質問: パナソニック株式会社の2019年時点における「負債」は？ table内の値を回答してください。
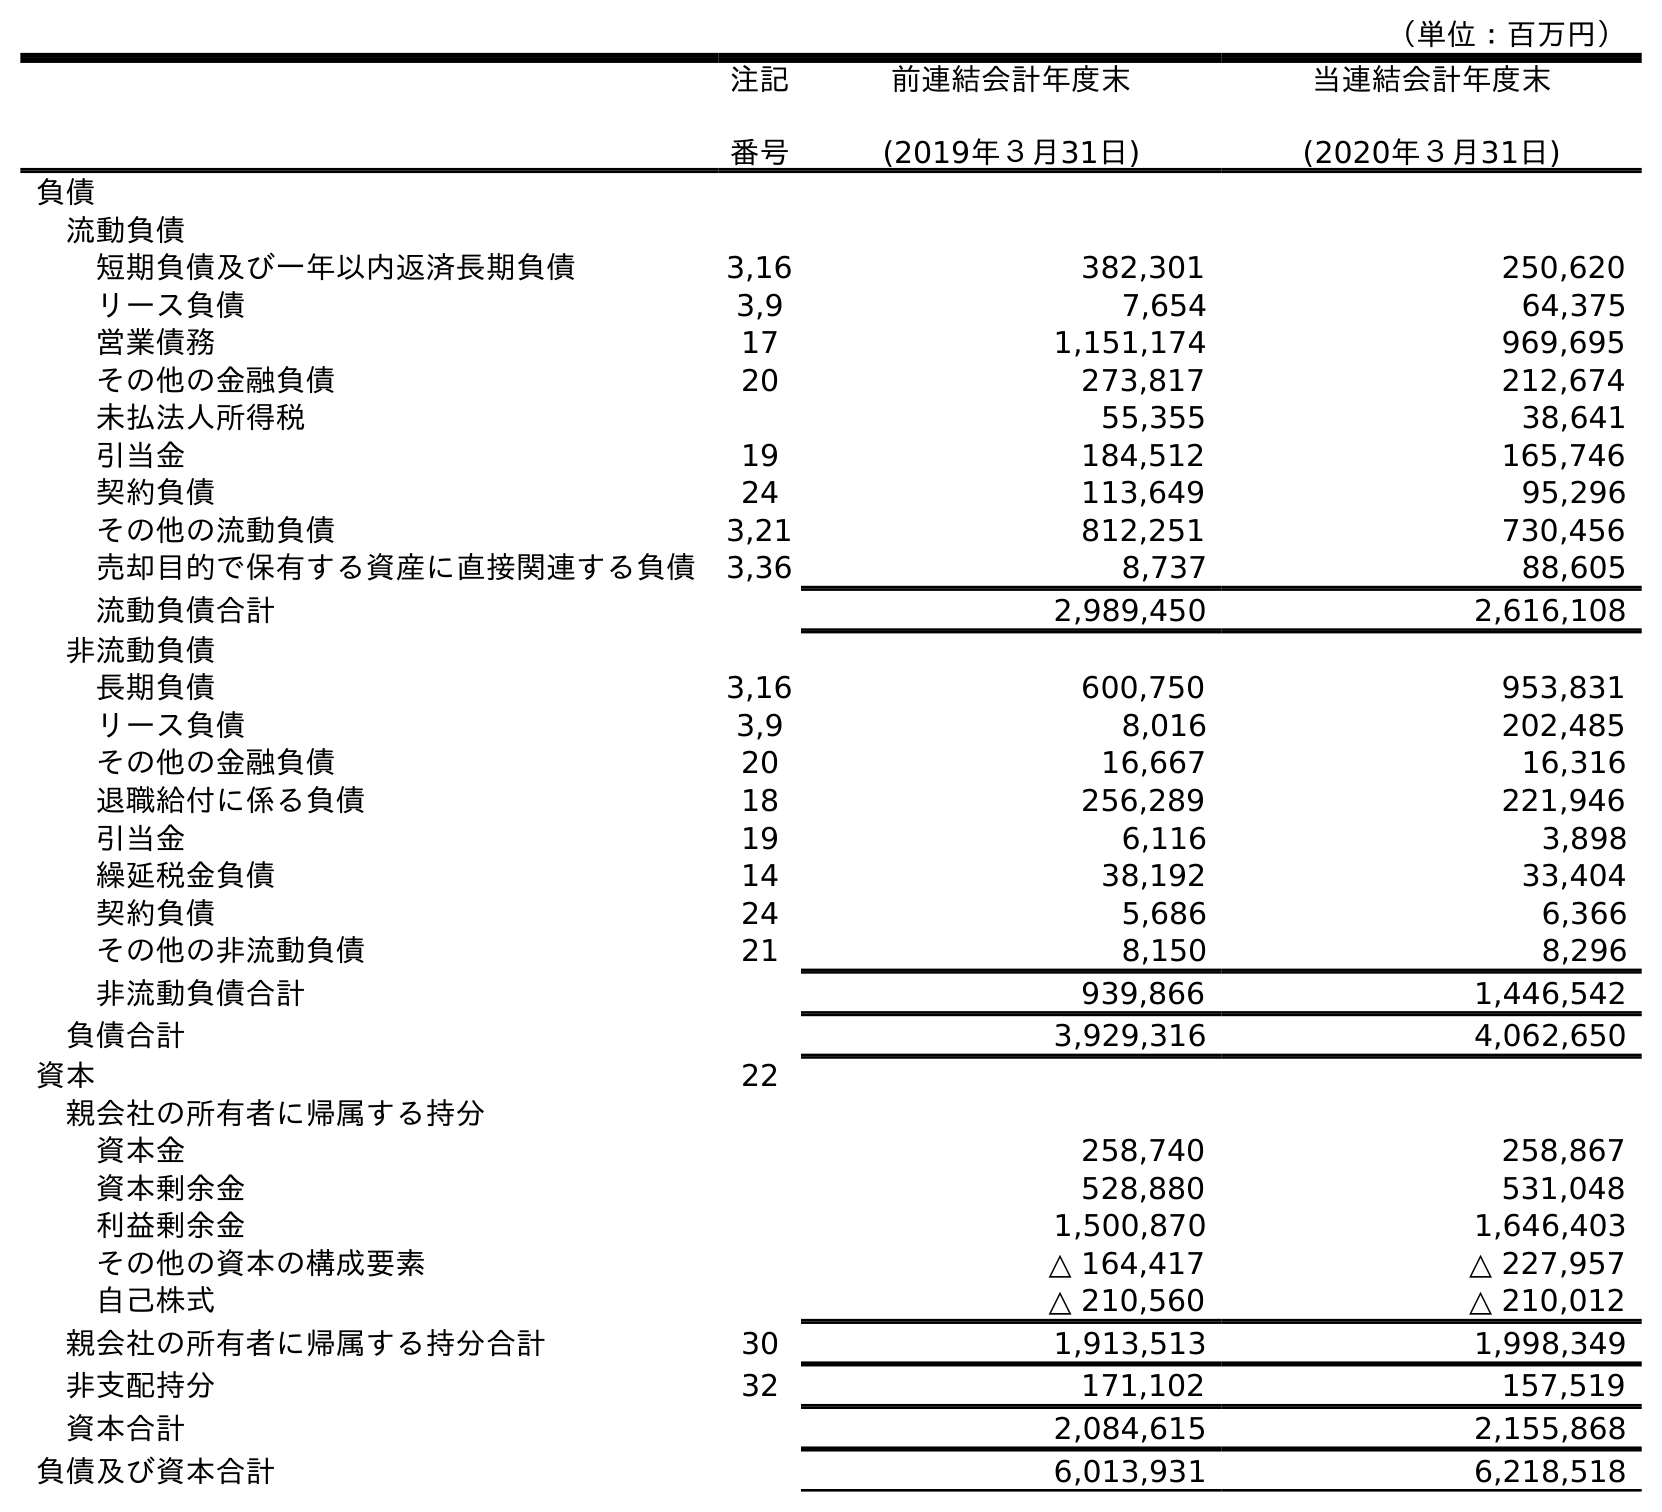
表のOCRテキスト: （単位：百万円） 注記 番号 前連結会計年度末 (2019年３月31日) 当連結会計年度末 (2020年３月31日) 負債 流動負債 短期負債及び一年以内返済長期負債 3,16 382,301 250,620 リース負債 3,9 7,654 64,375 営業債務 17 1,151,174 969,695 その他の金融負債 20 273,817 212,674 未払法人所得税 55,355 38,641 引当金 19 184,512 165,746 契約負債 24 113,649 95,296 その他の流動負債 3,21 812,251 730,456 売却目的で保有する資産に直接関連する負債 3,36 8,737 88,605 流動負債合計 2,989,450 2,616,108 非流動負債 長期負債 3,16 600,750 953,831 リース負債 3,9 8,016 202,485 その他の金融負債 20 16,667 16,316 退職給付に係る負債 18 256,289 221,946 引当金 19 6,116 3,898 繰延税金負債 14 38,192 33,404 契約負債 24 5,686 6,366 その他の非流動負債 21 8,150 8,296 非流動負債合計 939,866 1,446,542 負債合計 3,929,316 4,062,650 資本 22 親会社の所有者に帰属する持分 資本金 258,740 258,867 資本剰余金 528,880 531,048 利益剰余金 1,500,870 1,646,403 その他の資本の構成要素 △ 164,417 △ 227,957 自己株式 △ 210,560 △ 210,012 親会社の所有者に帰属する持分合計 30 1,913,513 1,998,349 非支配持分 32 171,102 157,519 資本合計 2,084,615 2,155,868 負債及び資本合計 6,013,931 6,218,518
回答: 3,929,316